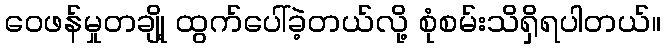
ဝေဖန်မှုတချို့ ထွက်ပေါ်ခဲ့တယ်လို့ စုံစမ်းသိရှိရပါတယ်။